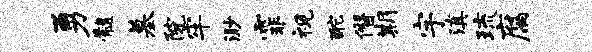
勇髓墓院牢渺霏视酡僭期宇滇琉腐